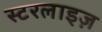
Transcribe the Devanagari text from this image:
स्टरलाइज़